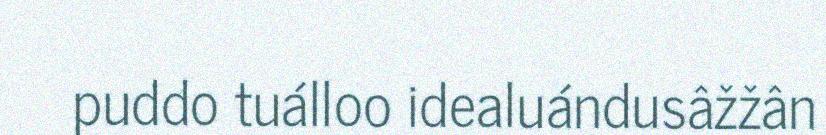
puddo tuálloo idealuándusâžžân